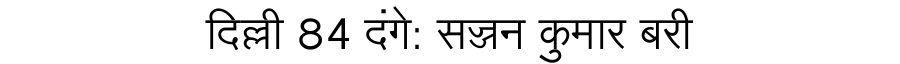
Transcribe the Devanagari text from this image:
दिल्ली 84 दंगे: सज्जन कुमार बरी